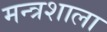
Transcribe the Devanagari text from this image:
मन्त्रशाला